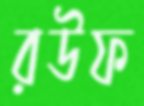
রউফ